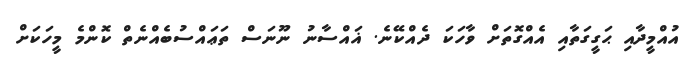
އުއްމީދާއި ޙަގީގަތާއި އެއްގޮތަށް ވާހަކަ ދެއްކޭނެ. ޣައްސާނު ނޫނަސް ތަޢައްސުބެއްނެތް ކޮންމެ މީހަކަށް